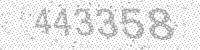
Solution: 443358